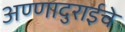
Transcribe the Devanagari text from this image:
अण्णादुराईचे